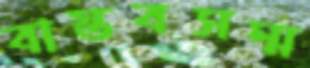
বাস্তবসম্ম